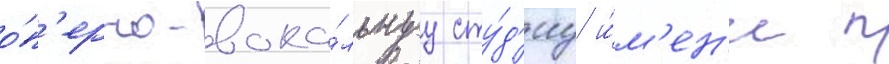
о́п'ерно-вока́льнуу сту́д'иу и́м'ен'и п